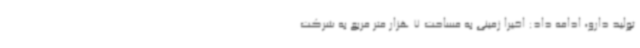
تولید دارو، ادامه داد: اخیرا زمینی به مساحت 7 هزار متر مربع به شرکت